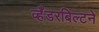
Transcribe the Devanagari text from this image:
व्हँडरबिल्टने